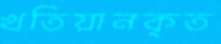
খতিয়ানকৃত